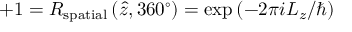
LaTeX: + 1 = R _ { \mathrm { s p a t i a l } } \left( { \hat { z } } , 3 6 0 ^ { \circ } \right) = \exp \left( - 2 \pi i L _ { z } / \hbar \right)